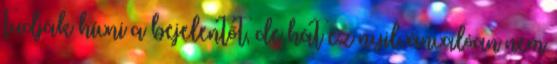
tudják hívni a bejelentőt, de hát ez nyilvánvalóan nem